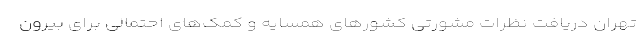
تهران دریافت نظرات مشورتی کشور‌های همسایه و کمک‌های احتمالی برای بیرون